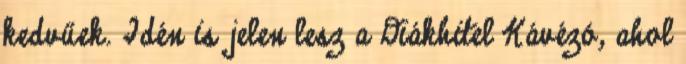
kedvűek. Idén is jelen lesz a Diákhitel Kávézó, ahol